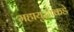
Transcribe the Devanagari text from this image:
महायुद्धाकडे